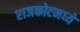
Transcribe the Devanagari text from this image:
राजकोटमध्ये